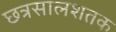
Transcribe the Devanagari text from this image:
छत्रसालशतक